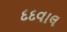
દદવાલ